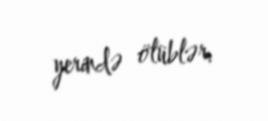
yerində ölüblər.